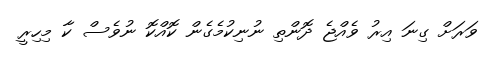
ވަރަށް ގިނަ އިރު ވެއްޖެ ދޮންތި ނުނިކުމެގެން ކޮއްކޮ ނުވެސް ކާ މިހިރީ